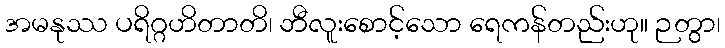
အမနုဿ ပရိဂ္ဂဟိတာတိ၊ ဘီလူးစောင့်သော ရေကန်တည်းဟု။ ဉတွာ၊